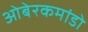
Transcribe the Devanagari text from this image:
ओबेरकमांडो